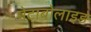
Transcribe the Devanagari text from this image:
मेटाबोलाइड़